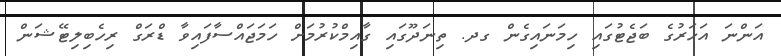
އަންނަ އަހަރުގެ ބަޖެޓުގައި ހިމަނައިގެން ގދ. ތިނަދޫގައި ގާއިމްކުރުމަށް ހަމަޖައްސާފައިވާ ޑްރަގް ރިހެބިލިޓޭޝަން